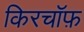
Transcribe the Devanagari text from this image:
किरचॉफ़